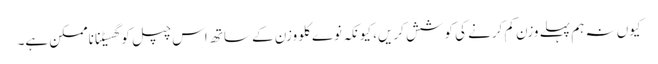
کیوں نہ ہم پہلے وزن کم کرنے کی کوشش کریں، کیونکہ نوے کلو وزن کے ساتھ اس چپل کو گھسیٹنا ناممکن ہے۔